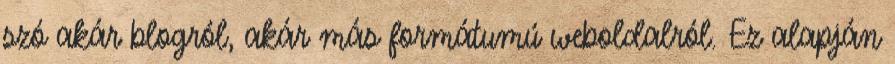
szó akár blogról, akár más formátumú weboldalról. Ez alapján